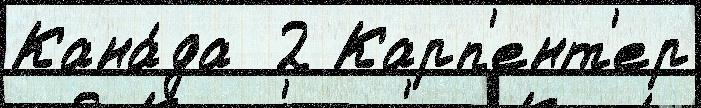
Кана́да  2 Карп'ент'ер